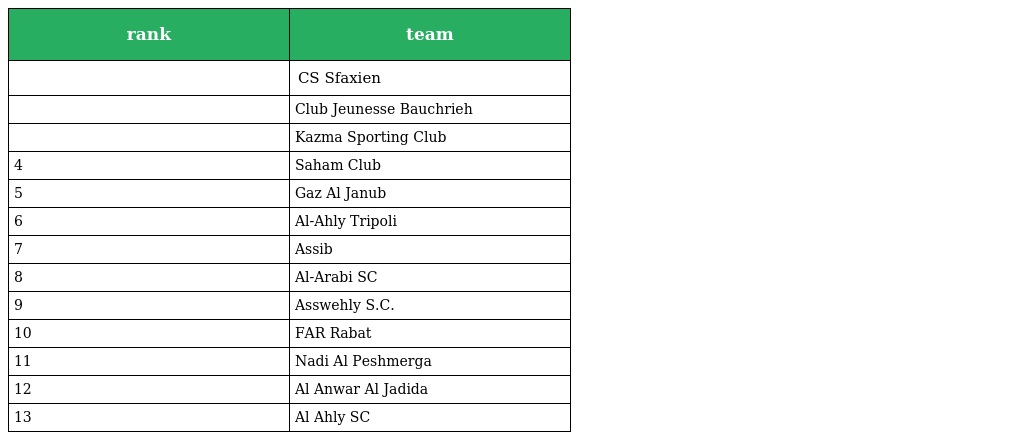
| rank | team |
 | --- | --- |
 |  | CS Sfaxien |
 |  | Club Jeunesse Bauchrieh |
 |  | Kazma Sporting Club |
 | 4 | Saham Club |
 | 5 | Gaz Al Janub |
 | 6 | Al-Ahly Tripoli |
 | 7 | Assib |
 | 8 | Al-Arabi SC |
 | 9 | Asswehly S.C. |
 | 10 | FAR Rabat |
 | 11 | Nadi Al Peshmerga |
 | 12 | Al Anwar Al Jadida |
 | 13 | Al Ahly SC |